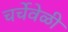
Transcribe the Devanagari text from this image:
चर्चेवेळी